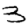
Digit: 3